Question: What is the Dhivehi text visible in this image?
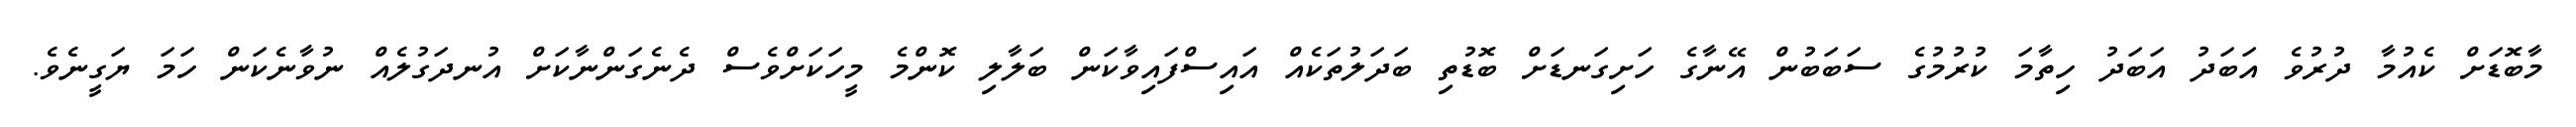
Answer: މާބޮޑަށް ކެއުމާ ދުރުވެ އަބަދު އަބަދު ހިތާމަ ކުރުމުގެ ސަބަބުން އޭނާގެ ހަށިގަނޑަށް ބޮޑުތި ބަދަލުތަކެއް އައިސްފައިވާކަން ބަލާލި ކޮންމެ މީހަކަށްވެސް ދެނެގަންނާކަށް އުނދަގުލެއް ނުވާނެކަން ހަމަ ޔަގީނެވެ.